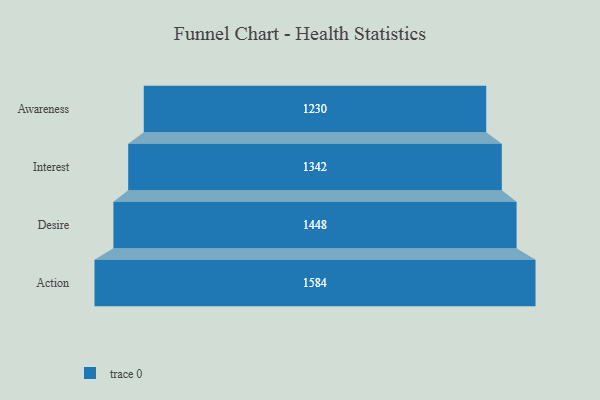
{"axis": {"x": "Stage", "y": "Value"}, "legend": [""], "data": [{"x": "Awareness", "y": 1230.0, "type": ""}, {"x": "Interest", "y": 1342.0, "type": ""}, {"x": "Desire", "y": 1448.0, "type": ""}, {"x": "Action", "y": 1584.0, "type": ""}]}